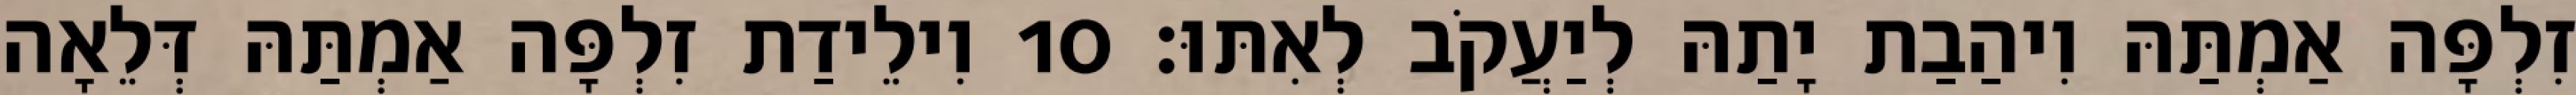
זִלְפָּה אַמְתַּהּ וִיהַבַת יָתַהּ לְיַעֲקֹב לְאִתּוּ׃ 10 וִילֵידַת זִלְפָּה אַמְתַּהּ דְּלֵאָה